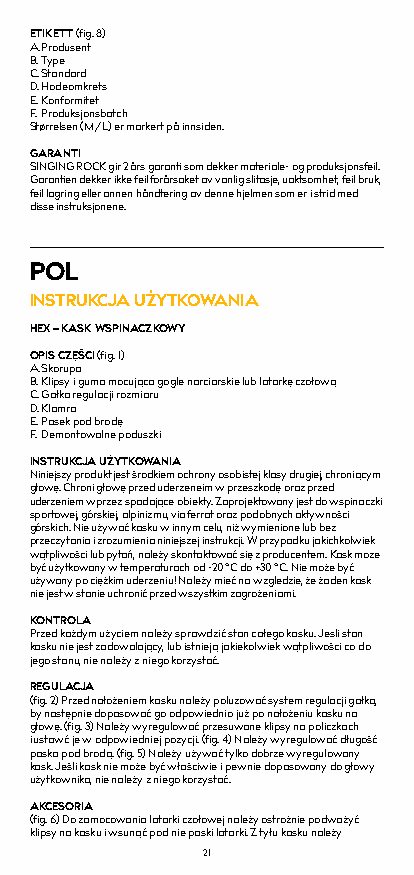
ETIKETT (fig. 8)
 A. Produsent
 B. Type
 C. Standard
 D. Hodeomkrets
 E. Konformitet
 F. Produksjonsbatch
 Størrelsen (M/L) er markert på innsiden.
 GARANTI
 SINGING ROCK gir 2 års garanti som dekker materiale- og produksjonsfeil.
 Garantien dekker ikke feil forårsaket av vanlig slitasje, uaktsomhet, feil bruk,
 feil lagring eller annen håndtering av denne hjelmen som er i strid med
 disse instruksjonene.
 POL
 INSTRUKCJA UŻYTKOWANIA
 HEX – KASK WSPINACZKOWY
 OPIS CZĘŚCI (fig. 1)
 A. Skorupa
 B. Klipsy i guma mocująca gogle narciarskie lub latarkę czołową
 C. Gałka regulacji rozmiaru
 D. Klamra
 E. Pasek pod brodę
 F. Demontowalne poduszki
 INSTRUKCJA UŻYTKOWANIA
 Niniejszy produkt jest środkiem ochrony osobistej klasy drugiej, chroniącym
 głowę. Chroni głowę przed uderzeneim w przeszkodę oraz przed
 uderzeniem wprzez spadające obiekty. Zaprojektowany jest do wspinaczki
 sportowej, górskiej, alpinizmu, via ferrat oraz podobnych aktywności
 górskich. Nie używać kasku w innym celu, niż wymienione lub bez
 przeczytania i zrozumienia niniejszej instrukcji. W przypadku jakichkolwiek
 wątpliwości lub pytań, należy skontaktować się z producentem. Kask moze
 być użytkowany w temperaturach od -20 °C do +30 °C. Nie może być
 używany po ciężkim uderzeniu! Należy mieć na wzgledzie, że żaden kask
 nie jest w stanie uchronić przed wszystkim zagrożeniami.
 KONTROLA
 Przed każdym użyciem należy sprawdzić stan całego kasku. Jesli stan
 kasku nie jest zadowalający, lub istnieją jakiekolwiek wątpliwości co do
 jego stanu, nie należy z niego korzystać.
 REGULACJA
 (fig. 2) Przed nałożeniem kasku należy poluzować system regulacji gałką,
 by następnie dopasować go odpowiednio już po nałożeniu kasku na
 głowę. (fig. 3) Należy wyregulować przesuwane klipsy na policzkach
 i ustawć je w odpowiedniej pozycji. (fig. 4) Należy wyregulować długość
 paska pod brodą. (fig. 5) Należy używać tylko dobrze wyregulowany
 kask. Jeśli kask nie może być właściwie i pewnie dopasowany do głowy
 użytkownika, nie należy z niego korzystać.
 AKCESORIA
 (fig. 6) Do zamocowania latarki czołowej należy ostrożnie podważyć
 klipsy na kasku i wsunąć pod nie paski latarki. Z tyłu kasku należy
 21